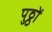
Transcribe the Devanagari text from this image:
पुठ्ठों